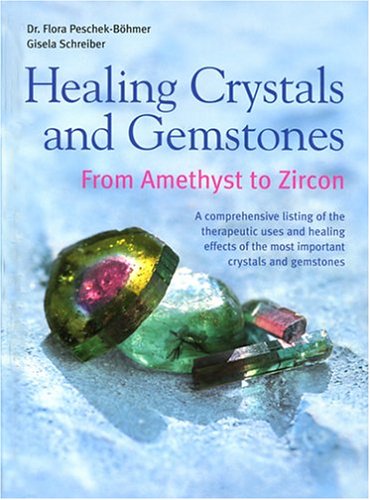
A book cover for Healing Crystals and Gemstones: From Amethyst to Zircon; Flora Peschek-Bohmer; Self-Help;